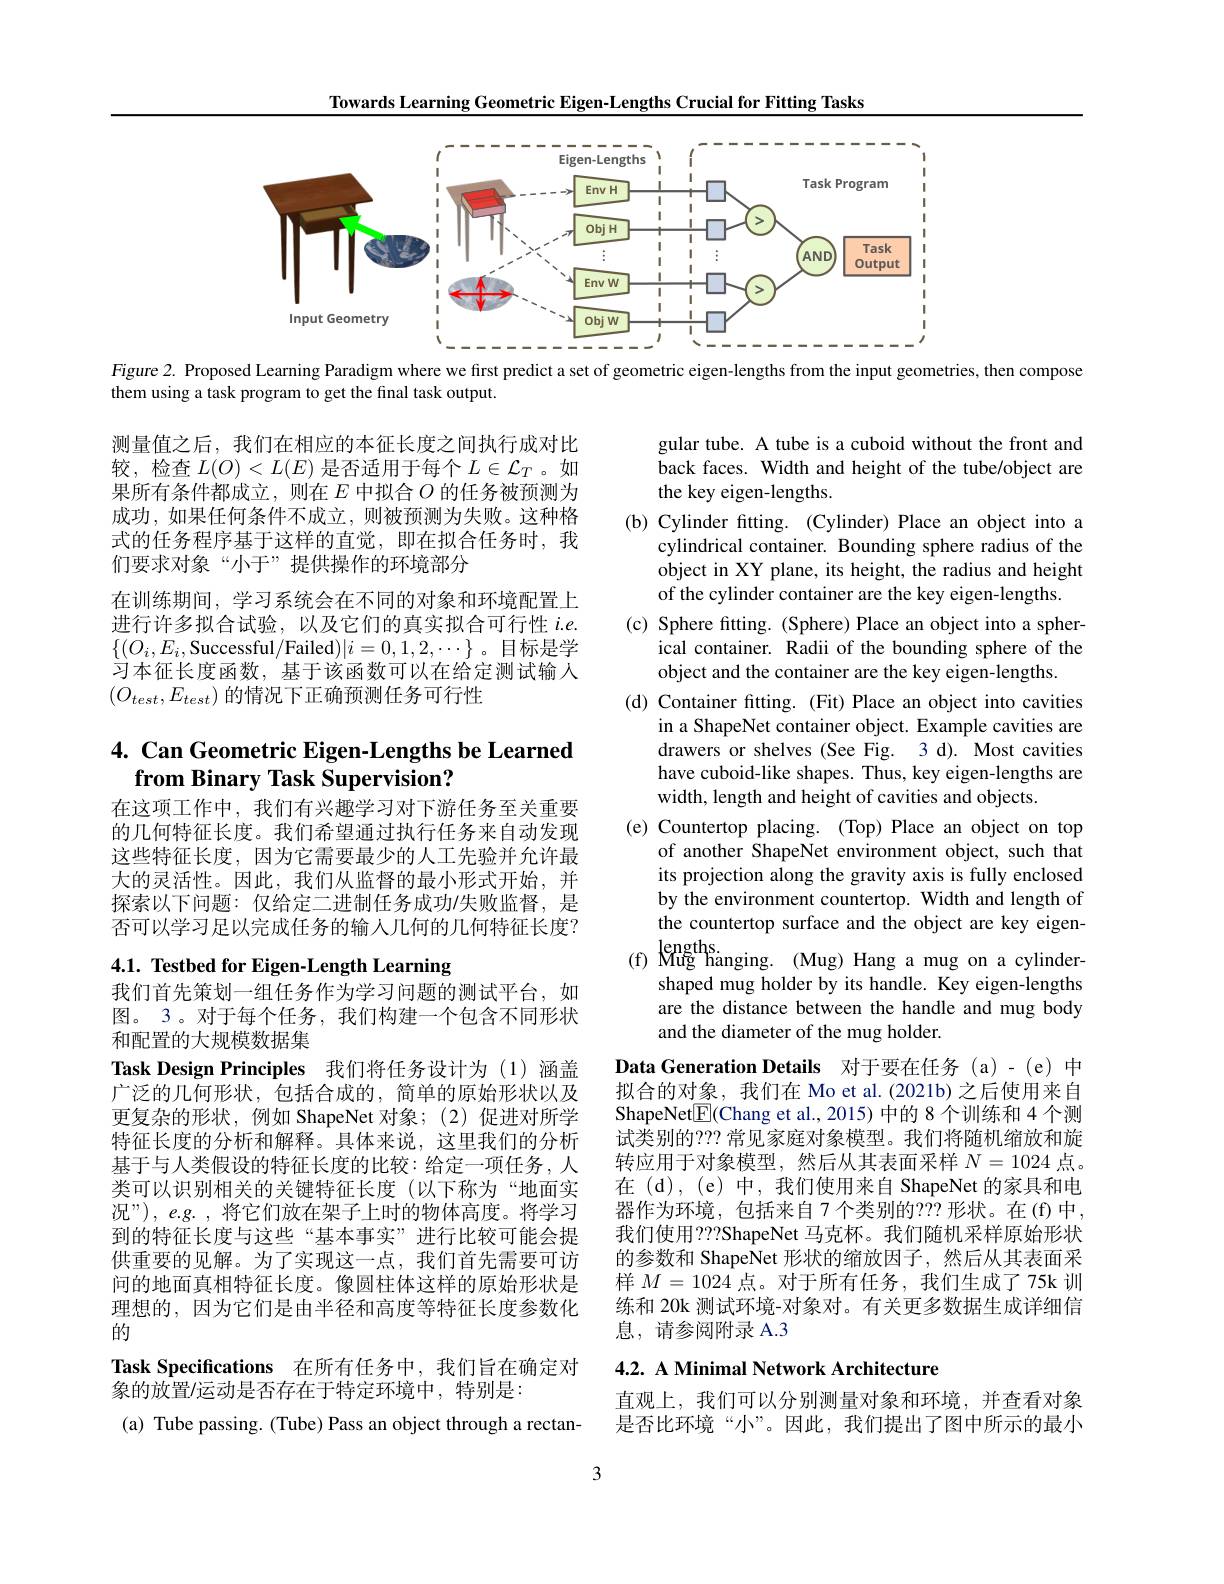
Towards Learning Geometric Eigen-Lengths Crucial for Fitting Tasks

<FigureHere>
Figure 2. Proposed Learning Paradigm where we first predict a set of geometric eigen-lengths from the input geometries, then compose

them using a task program to get the final task output.

测量值之后，我们在相应的本征长度之间执行成对比较，检查$L(O)<L(E)$是否适用于每个$L\in\mathcal{L}_T$ 。如果所有条件都成立，则在$E$中拟合$O$的任务被预测为成功，如果任何条件不成立，则被预测为失败。这种格式的任务程序基于这样的直觉，即在拟合任务时，我们要求对象“小于”提供操作的环境部分
在训练期间，学习系统会在不同的对象和环境配置上进行许多拟合试验，以及它们的真实拟合可行性$i.e.$ $\{(O_{i},E_{i}$,Successful/Failed$)|i=0,1,2,\cdots\}$。目标是学习本征长度函数，基于该函数可以在给定测试输人$\left(O_{test},E_{test}\right)$的情况下正确预测任务可行性

gular tube. A tube is a cuboid without the front and back faces. Width and height of the tube/object are the key eigen-lengths.
(b) Cylinder fitting. (Cylinder) Place an object into a
cylindrical container. Bounding sphere radius of the object in XY plane, its height, the radius and height of the cylinder container are the key eigen-lengths.
(c) Sphere fitting. (Sphere) Place an object into a spher-
ical container. Radii of the bounding sphere of the
object and the container are the key eigen-lengths.
(d) Container fitting. (Fit) Place an object into cavities
in a ShapeNet container object. Example cavities are drawers or shelves (See Fig. 3 d). Most cavities have cuboid-like shapes. Thus, key eigen-lengths are width, length and height of cavities and objects.
(e) Countertop placing. (Top) Place an object on top
of another ShapeNet environment object, such that its projection along the gravity axis is fully enclosed by the environment countertop. Width and length of the countertop surface and the object are key eigen-
(f) Mug hanging. (Mug) Hang a mug on a cylinder- shaped mug holder by its handle. Key eigen-lengths
are the distance between the handle and mug body
and the diameter of the mug holder.
Data Generation Details 对于要在任务 (a)-(e)中

## 4. Can Geometric Eigen-Lengths be Learned from Binary Task Supervision?

在这项工作中，我们有兴趣学习对下游任务至关重要的几何特征长度。我们希望通过执行任务来自动发现这些特征长度，因为它需要最少的人工先验并允许最大的灵活性。因此，我们从监督的最小形式开始，并探索以下问题：仅给定二进制任务成功/失败监督，是否可以学习足以完成任务的输入几何的几何特征长度？

4.1. Testbed for Eigen-Length Learning

我们首先策划一组任务作为学习问题的测试平台，如图。3。对于每个任务，我们构建一个包含不同形状和配置的大规模数据集
Task Design Principles 我们将任务设计为 (1)涵盖广泛的几何形状，包括合成的，简单的原始形状以及更复杂的形状，例如 ShapeNet 对象；(2)促进对所学特征长度的分析和解释。具体来说，这里我们的分析基于与人类假设的特征长度的比较：给定一项任务，人类可以识别相关的关键特征长度(以下称为“地面实况”), e.g. , 将它们放在架子上时的物体高度。将学习到的特征长度与这些“基本事实”进行比较可能会提供重要的见解。为了实现这一点，我们首先需要可访问的地面真相特征长度。像圆柱体这样的原始形状是理想的，因为它们是由半径和高度等特征长度参数化的
Task Specifications 在所有任务中，我们旨在确定对
象的放置/运动是否存在于特定环境中，特别是：
(a) Tube passing. (Tube) Pass an object through a rectan-

拟合的对象，我们在 Mo et al. (2021b) 之后使用来自ShapeNet$\boxed{\mathrm{F}}$(Chang et al., 2015) 中的 8 个训练和 4 个测试类别的？?? 常见家庭对象模型。我们将随机缩放和旋转应用于对象模型，然后从其表面采样$N=1024$点在 (d), (e) 中，我们使用来自 ShapeNet 的家具和电器作为环境，包括来自7个类别的？??形状。在(f)中， 我们使用？??ShapeNet 马克杯。我们随机采样原始形状的参数和 ShapeNet 形状的缩放因子，然后从其表面采样$M=1024$点。对于所有任务，我们生成了 75k 训练和 20k 测试环境-对象对。有关更多数据生成详细信息，请参阅附录 A.3

## 4.2. A Minimal Network Architecture

直观上，我们可以分别测量对象和环境，并查看对象是否比环境“小”。因此，我们提出了图中所示的最小

3